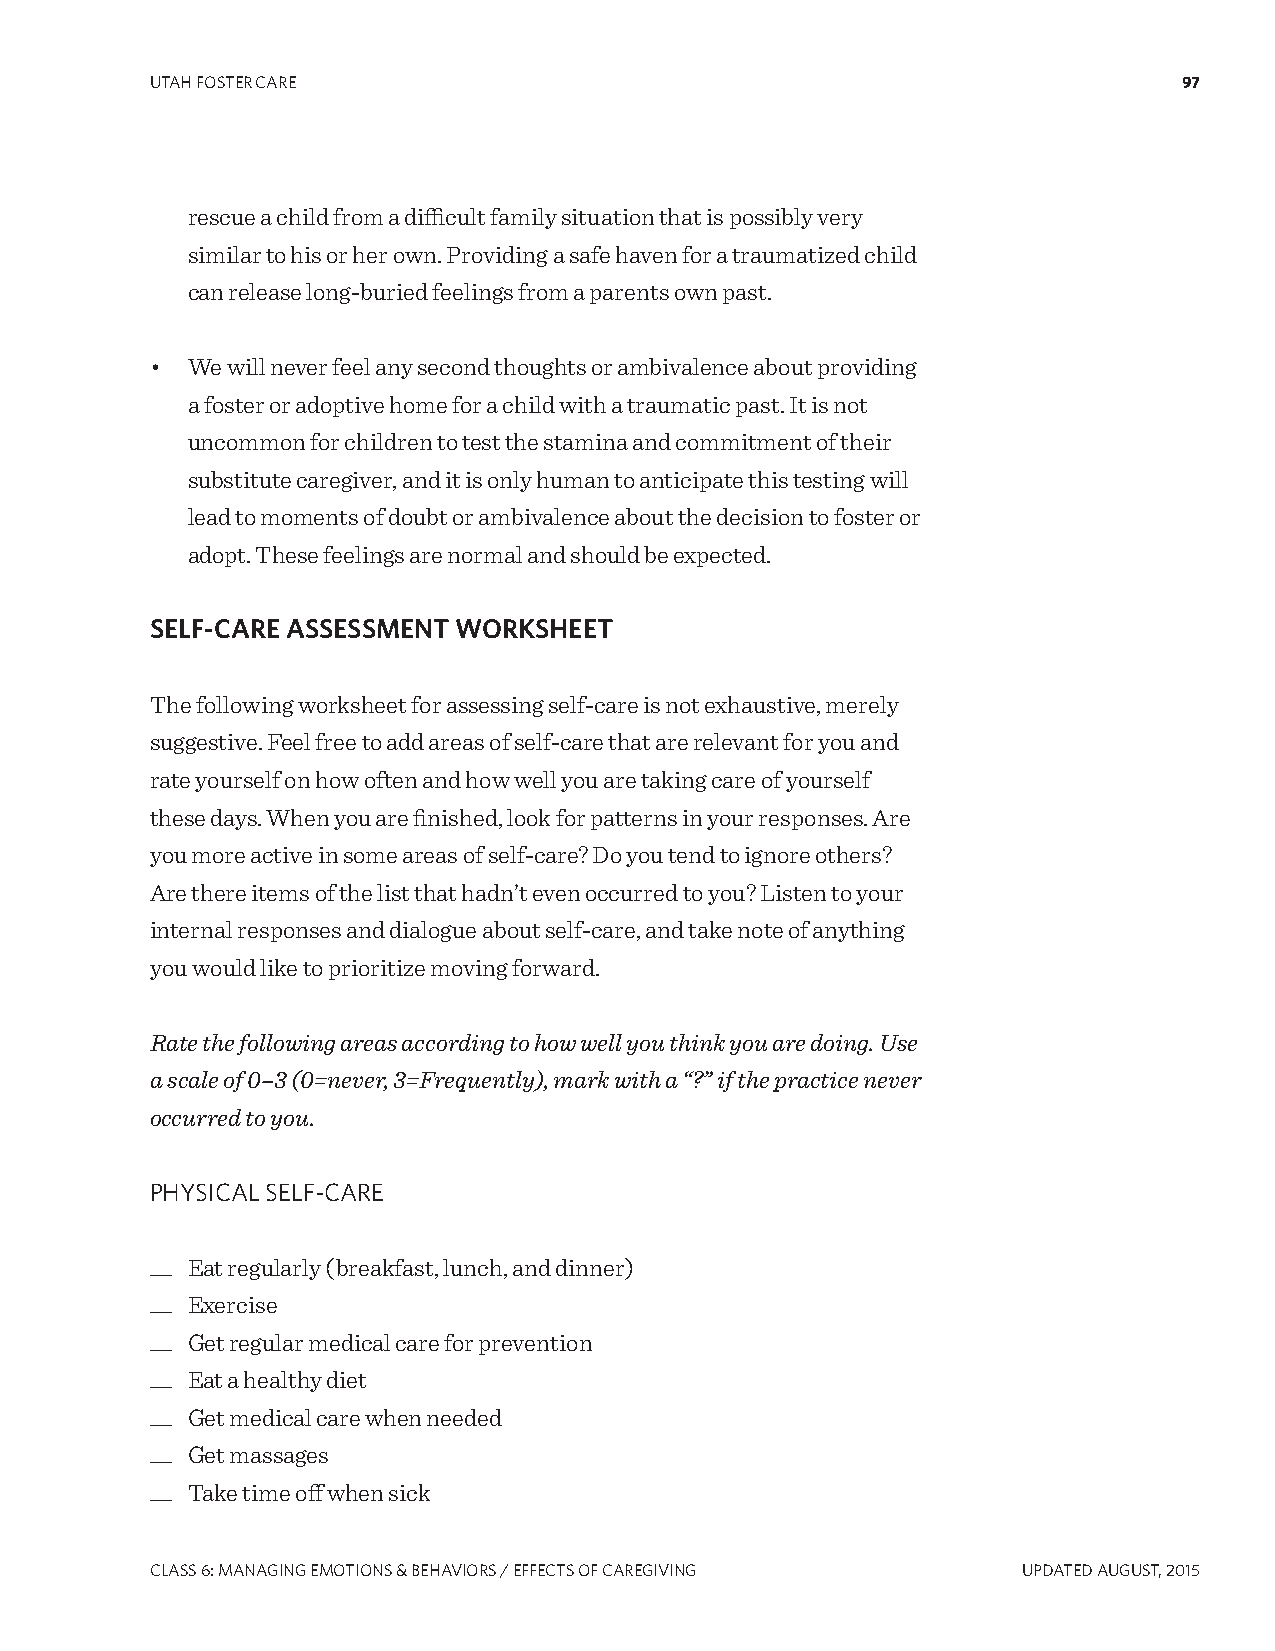
UTAH FOSTER CARE                                                    97
 rescue a child from a difficult family situation that is possibly very
 similar to his or her own. Providing a safe haven for a traumatized child
 can release long-buried feelings from a parents own past.
 • We will never feel any second thoughts or ambivalence about providing
 a foster or adoptive home for a child with a traumatic past. It is not
 uncommon for children to test the stamina and commitment of their
 substitute caregiver, and it is only human to anticipate this testing will
 lead to moments of doubt or ambivalence about the decision to foster or
 adopt. These feelings are normal and should be expected.
 SELF-CARE ASSESSMENT WORKSHEET
 The following worksheet for assessing self-care is not exhaustive, merely
 suggestive. Feel free to add areas of self-care that are relevant for you and
 rate yourself on how often and how well you are taking care of yourself
 these days. When you are finished, look for patterns in your responses. Are
 you more active in some areas of self-care? Do you tend to ignore others?
 Are there items of the list that hadn’t even occurred to you? Listen to your
 internal responses and dialogue about self-care, and take note of anything
 you would like to prioritize moving forward.
 Rate the following areas according to how well you think you are doing. Use
 a scale of 0–3 (0=never, 3=Frequently), mark with a “?” if the practice never
 occurred to you.
 PHYSICAL SELF-CARE
 __ Eat regularly (breakfast, lunch, and dinner)
 __ Exercise
 __ Get regular medical care for prevention
 __ Eat a healthy diet
 __ Get medical care when needed
 __ Get massages
 __ Take time off when sick
 CLASS 6: MANAgINg EMOTIONS & BEHAVIORS / EFFECTS OF CAREgIVINg UPDATED AUgUST, 2015